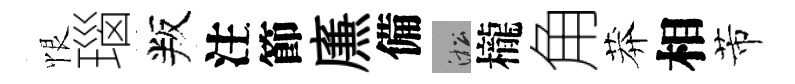
恨瑙叛注節㢘備淞櫳角莽相芾